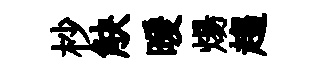
杪觖暖煬趨